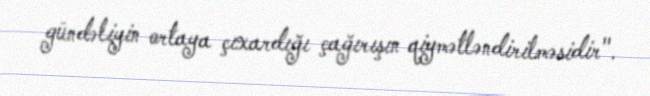
gündəliyin ortaya çıxardığı çağırışın qiymətləndirilməsidir".